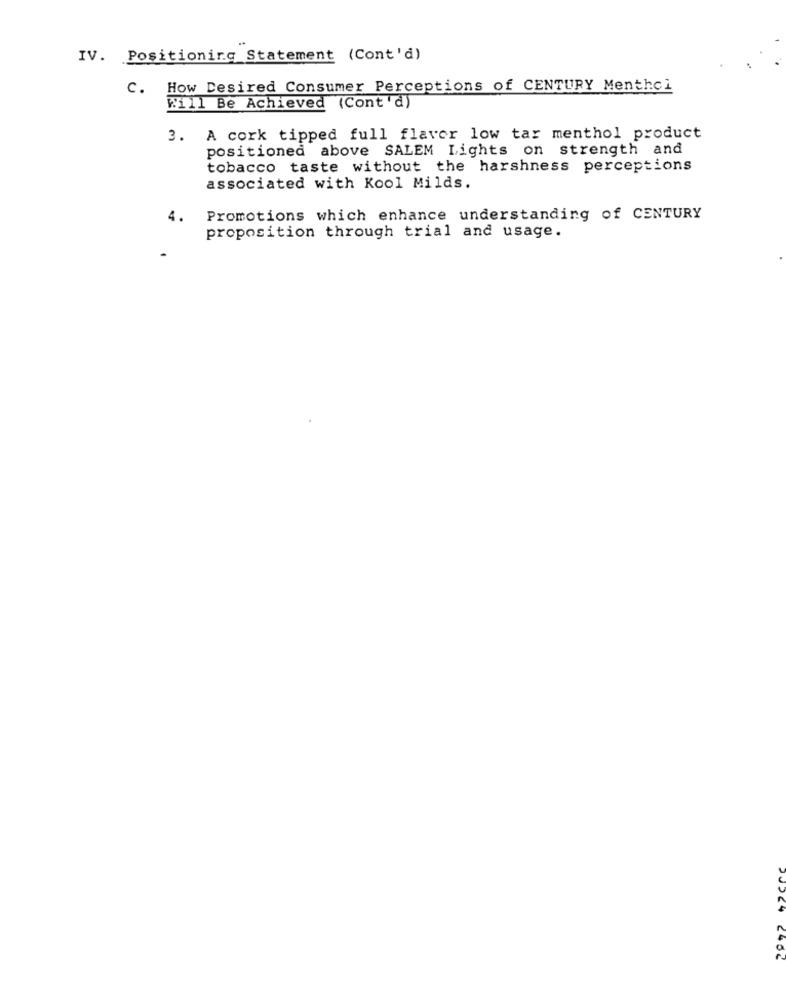
IV. Positioning Statement (Cont'd)
C. How Desired Consumer Perceptions of CENTURY Menthol
Will Be Achieved (Cont'd)
3. A cork tipped full flavor low tar menthol product
positioned above SALEM Lights on strength and
tobacco taste without the harshness perceptions
associated with Kool Milds.
4.
Promotions which enhance understanding of CENTURY
proposition through trial and usage.
2406